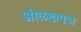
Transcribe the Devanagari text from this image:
ओळखपञ